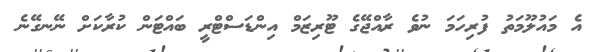
އެ މައުލޫމަތު ފުރިހަމަ ނުވެ ރާއްޖޭގެ ޓޫރިޒަމް އިންޑަސްޓްރީ ބައްޓަން ކުރާކަށް ނޭނގޭނެ